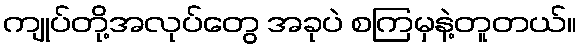
ကျုပ်တို့အလုပ်တွေ အခုပဲ စကြမှနဲ့တူတယ်။